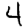
Digit: 4